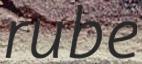
rube